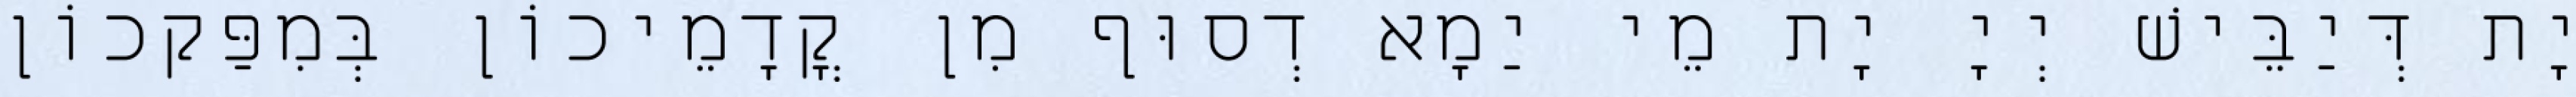
יָת דְּיַבֵּישׁ יְיָ יָת מֵי יַמָא דְסוּף מִן קֳדָמֵיכוֹן בְּמִפַּקכוֹן